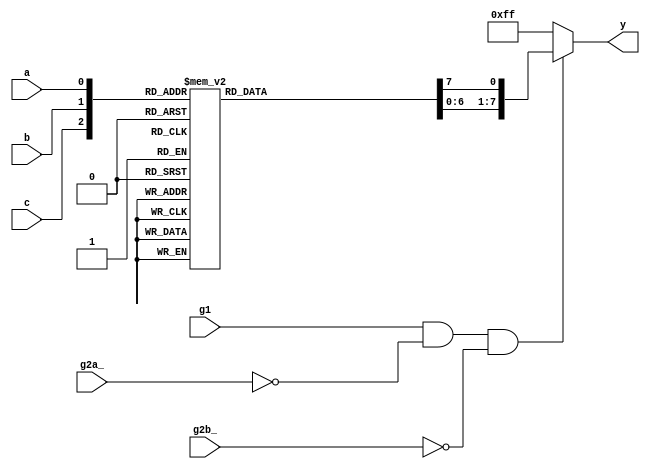
// This code is part of the model collection of AM29xx Bitslice devices
// Copyright (C) 2019  Holger Veit (hveit01@web.de)
//
//    This program is free software; you can redistribute it and/or modify
//    it under the terms of the GNU General Public License as published by
//    the Free Software Foundation; either version 3 of the License, or (at
//    your option) any later version.
//
//    This program is distributed in the hope that it will be useful, but
//    WITHOUT ANY WARRANTY; without even the implied warranty of
//    MERCHANTABILITY or FITNESS FOR A PARTICULAR PURPOSE. See the GNU
//    General Public License for more details.
//
//    You should have received a copy of the GNU General Public License
//    along with this program; if not, see <http://www.gnu.org/licenses/>.
//
//

// am74ls138 8-to-1 decoder/multiplexer

module am74ls138(a,b,c, g1, g2a_, g2b_, y);
input a,b,c;
input g1, g2a_, g2b_;
output [7:0] y;
reg [7:0] y;

always @(*) begin
	y = 8'b11111111;
	if (g1 == 1'b1 && g2a_ == 1'b0 && g2b_ == 1'b0) begin
		case ({c,b,a})
		0: y[0] = 1'b0;
		1: y[1] = 1'b0;
		2: y[2] = 1'b0;
		3: y[3] = 1'b0;
		4: y[4] = 1'b0;
		5: y[5] = 1'b0;
		6: y[6] = 1'b0;
		7: y[7] = 1'b0;
		default: y = 8'b11111111;
		endcase
	end
end
endmodule